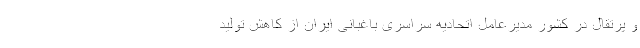
و پرتقال در کشور مدیرعامل اتحادیه سراسری باغبانی ایران از کاهش تولید